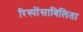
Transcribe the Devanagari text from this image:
रिस्पोंसाबिलिता